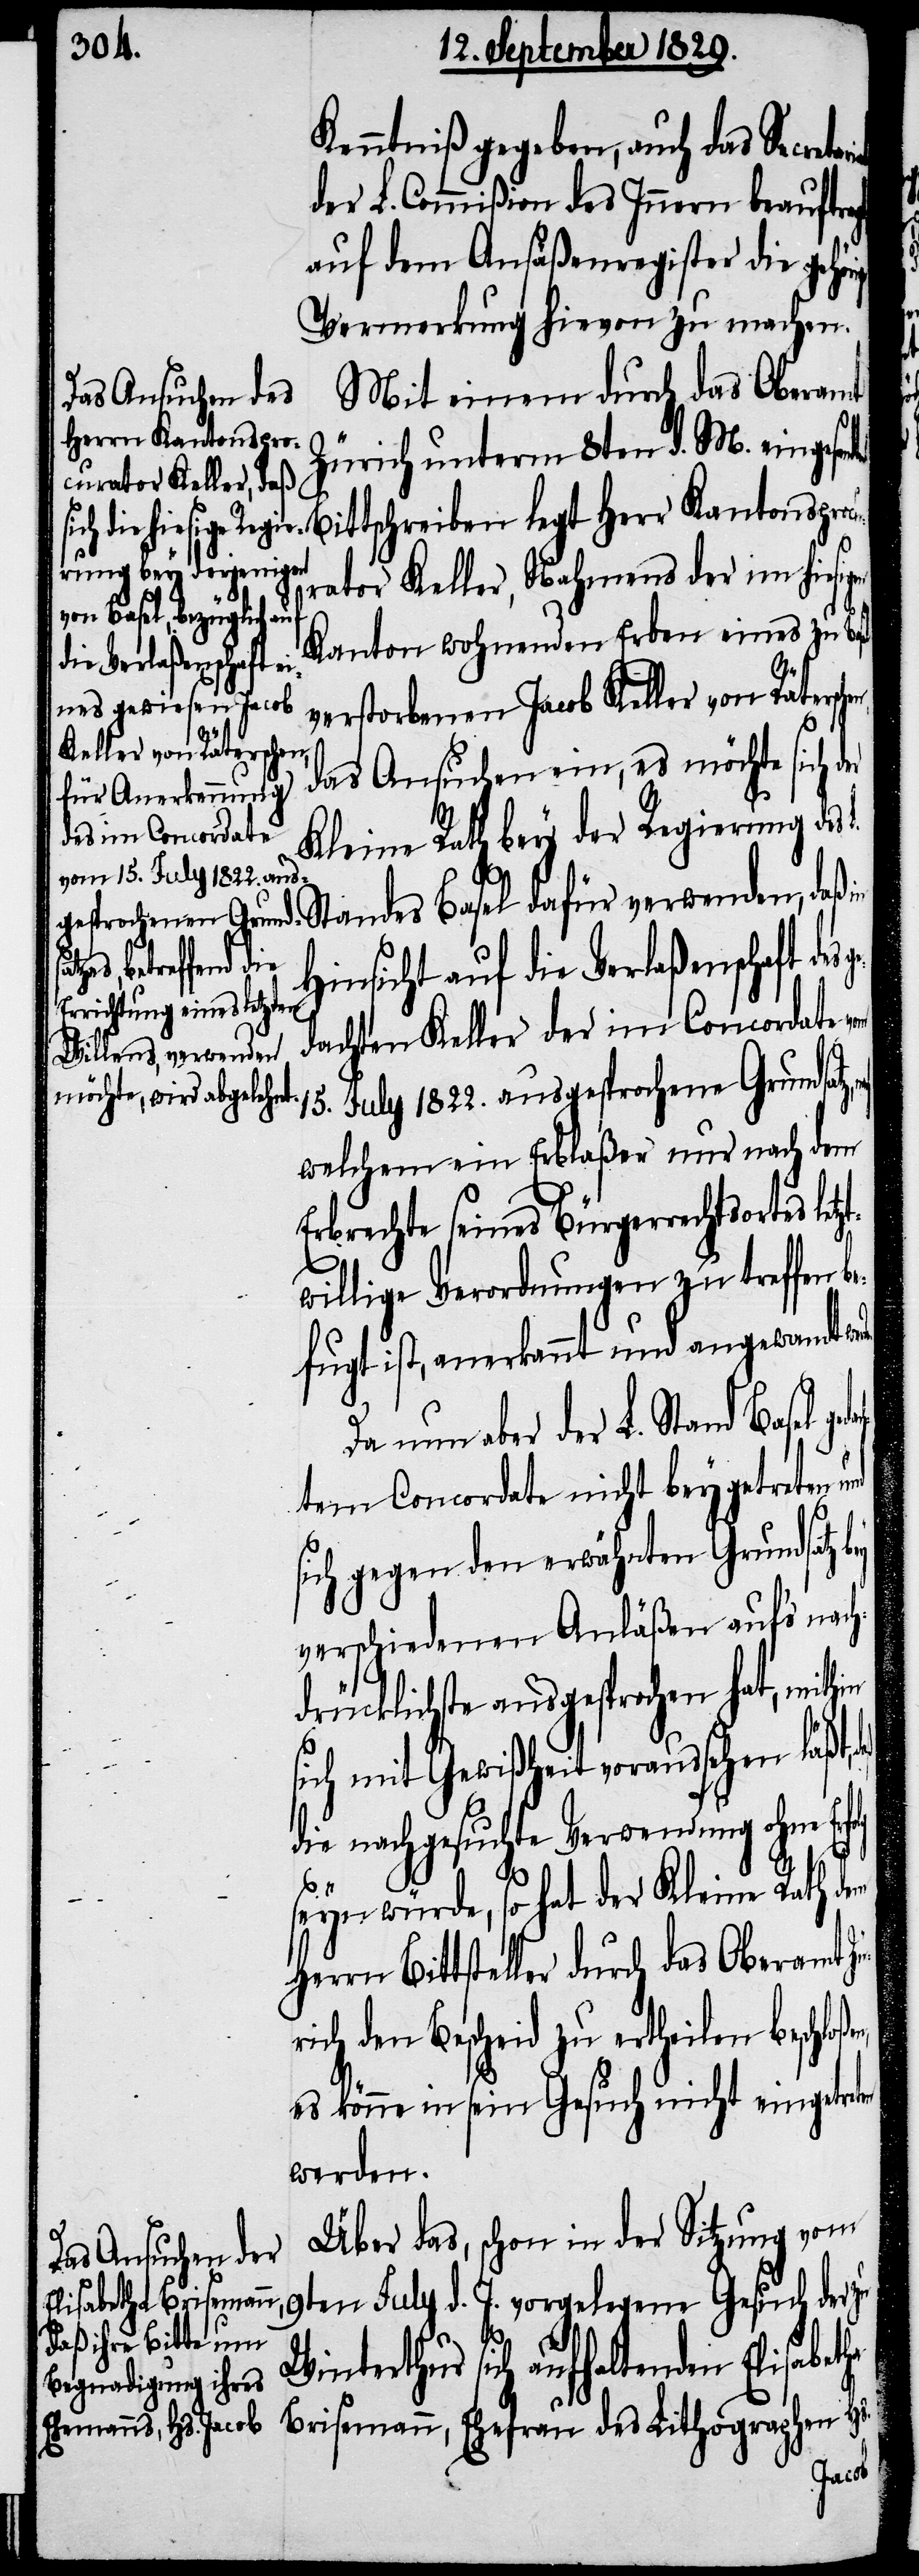
Kenntniß gegeben, auch das Secreta¬
der L. Commißion des Innern beauftragt
auf dem Ansäßenregister die gehöri¬
Vermerkung hievon zu machen.
Mit einem durch das Oberamt
Zürich unterm 8ten d. M. einge¬
sandten Bittschreiben legt Herr Kantonsproc¬
urator Keller, Nahmens der im hiesigen
Kanton wohnenden Erben eines zu Basel
verstorbenen Jacob Keller von Räter¬
das Ansuchen ein, es möchte sich
Kleine Rath bey der Regierung des
Standes Basel dafür verwenden, daß
Hinsicht auf die Verlaßenschaft des
dachten Keller der im Concordate
15. July 1822. ausgesprochene Grundsatz,
welchem ein Erblaßer nur nach dem
Erbrechte seines Bügerrechtsortes letzt¬
willige Verordnungen zu treffen b¬
efugt ist, anerkannt und angewandt
Da nun aber der L. Stand Basel ge¬
tem Concordate nicht beygetreten und
sich gegen den erwähnten Grundsatz
verschiedenen Anläßen auf’s nach¬
drücklichste ausgesprochen hat, mithin
sich mit Gewißheit voraussehen läßt,
die nachgesuchte Verwendung ohne
seyn würde, so hat der Kleine Rath
Herrn Bittsteller durch das Oberamt Zü¬
rich den Bescheid zu ertheilen beschloße¬
es könne in sein Gesuch nicht eingetreten
werden.
Über das, schon in der Sitzung vom
9ten July d. J. vorgelegene Gesuch der zu
sich aufhaltenden Elisabet¬
Brisemann, Ehefrau des Lithographen Hs.
ha